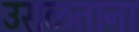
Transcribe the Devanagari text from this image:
उसळताना